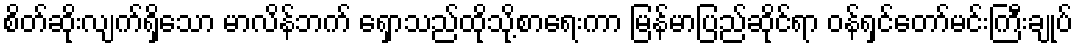
စိတ်ဆိုးလျက်ရှိသော မာလိန်ဘက် ရှောသည်ထိုသို့စာရေးကာ မြန်မာပြည်ဆိုင်ရာ ဝန်ရှင်တော်မင်းကြီးချုပ်